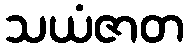
သယံဇာတ